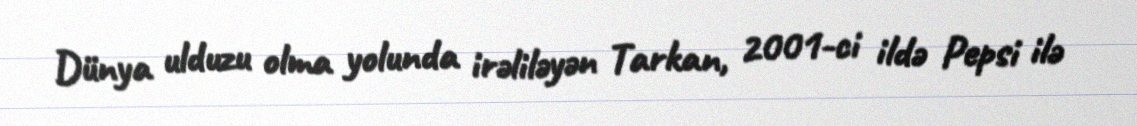
Dünya ulduzu olma yolunda irəliləyən Tarkan, 2001-ci ildə Pepsi ilə